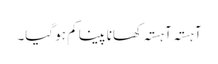
آہستہ آہستہ کھانا پینا کم ہو گیا۔